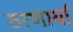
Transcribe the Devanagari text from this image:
ठरणार्या